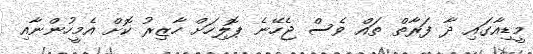
މީޑިއާގައި ދާ ފަރާތް ތައް ވެސް ޖެހޭނެ ޕޮލިހަށް ހާޒިރު ކޮށް އެމީހުންނާއި